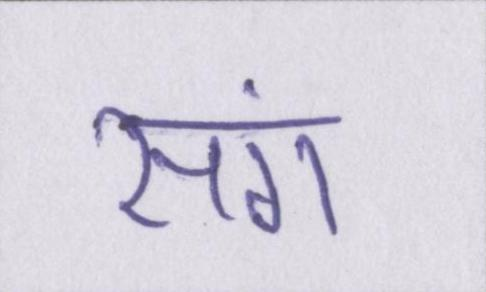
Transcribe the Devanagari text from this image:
संग